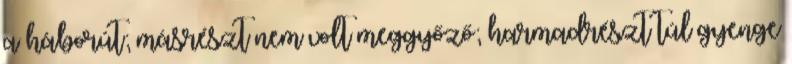
a háborút; másrészt nem volt meggyőző; harmadrészt túl gyenge